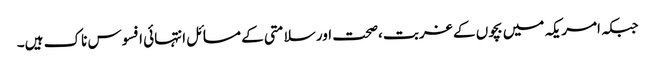
جبکہ امریکہ میں بچوں کے غربت ،صحت اور سلامتی کے مسائل انتہائی افسوس ناک ہیں۔